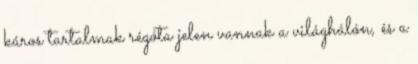
káros tartalmak régóta jelen vannak a világhálón, és a